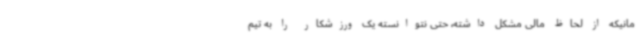
مانیکه از لحاظ مالی مشکل داشته، حتی نتوانسته یک ورزشکار را به تیم